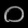
Digit: ၀